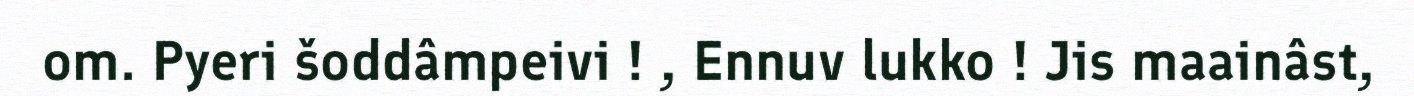
om. Pyeri šoddâmpeivi ! , Ennuv lukko ! Jis maainâst,